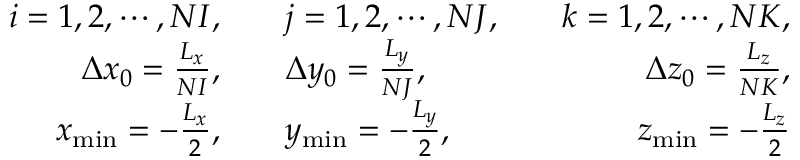
\begin{array} { r l r } { i = 1 , 2 , \cdots , N I , \quad } & { j = 1 , 2 , \cdots , N J , \quad } & { k = 1 , 2 , \cdots , N K , } \\ { \Delta x _ { 0 } = \frac { L _ { x } } { N I } , \quad } & { \Delta y _ { 0 } = \frac { L _ { y } } { N J } , \quad } & { \Delta z _ { 0 } = \frac { L _ { z } } { N K } , } \\ { x _ { \operatorname* { m i n } } = - \frac { L _ { x } } { 2 } , \quad } & { y _ { \operatorname* { m i n } } = - \frac { L _ { y } } { 2 } , \quad } & { z _ { \operatorname* { m i n } } = - \frac { L _ { z } } { 2 } } \end{array}